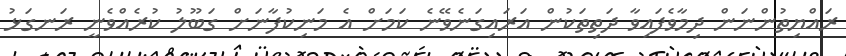
ރައްޔިތުންނަން ދިމާވެފައިވާ ދަތިތަކުން އަރައިގަނެވޭނެ ކަމަށް އެ މަނިކުފާނަށް ގަބޫލު ކުރެއްވެނީ ރަނގަޅު